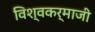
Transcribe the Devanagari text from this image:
विश्वकर्माजी